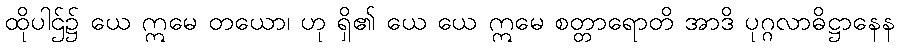
ထိုပါဌ်၌ ယေ ဣမေ တယော၊ ဟု ရှိ၏ ယေ ယေ ဣမေ စတ္တာရောတိ အာဒိ ပုဂ္ဂလာဓိဋ္ဌာနေန